Civil Veterinary Dept. North-West Frontier Province 1933-46 - 1933-1946
Year: 1933
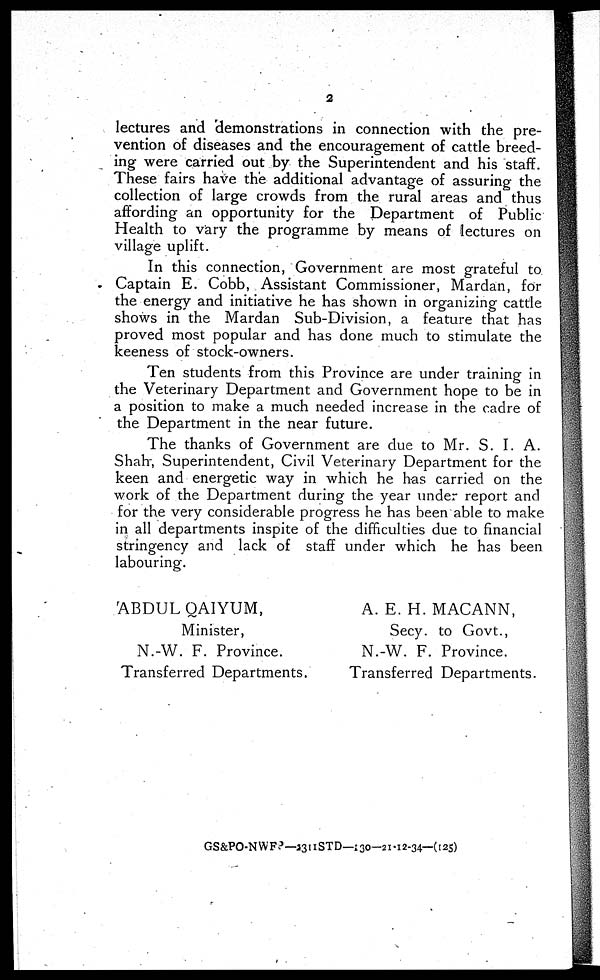
2
lectures and demonstrations in connection with the pre-
vention of diseases and the encouragement of cattle breed-
ing were carried out by the Superintendent and his staff.
These fairs have the additional advantage of assuring the
collection of large crowds from the rural areas and thus
affording an opportunity for the Department of Public
Health to vary the programme by means of lectures on
village uplift.
In this connection, Government are most grateful to
Captain E. Cobb, Assistant Commissioner, Mardan, for
the energy and initiative he has shown in organizing cattle
shows in the Mardan Sub-Division, a feature that has
proved most popular and has done much to stimulate the
keeness of stock-owners.
Ten students from this Province are under training in
the Veterinary Department and Government hope to be in
a position to make a much needed increase in the cadre of
the Department in the near future.
The thanks of Government are due to Mr. S. I. A.
Shah, Superintendent, Civil Veterinary Department for the
keen and energetic way in which he has carried on the
work of the Department during the year unde report and
for the very considerable progress he has been able to make
in all departments inspite of the difficulties due to financial
stringency and lack of staff under which he has been
labouring.
ABDUL QAIYUM,
Minister,
N.-W. F. Province.
Transferred Departments.
A. E. H. MACANN,
Secy. to Govt.,
N.-W. F. Province.
Transferred Departments.
GS&PO-NWFP—2311 STD—130—21-12-34—(125)